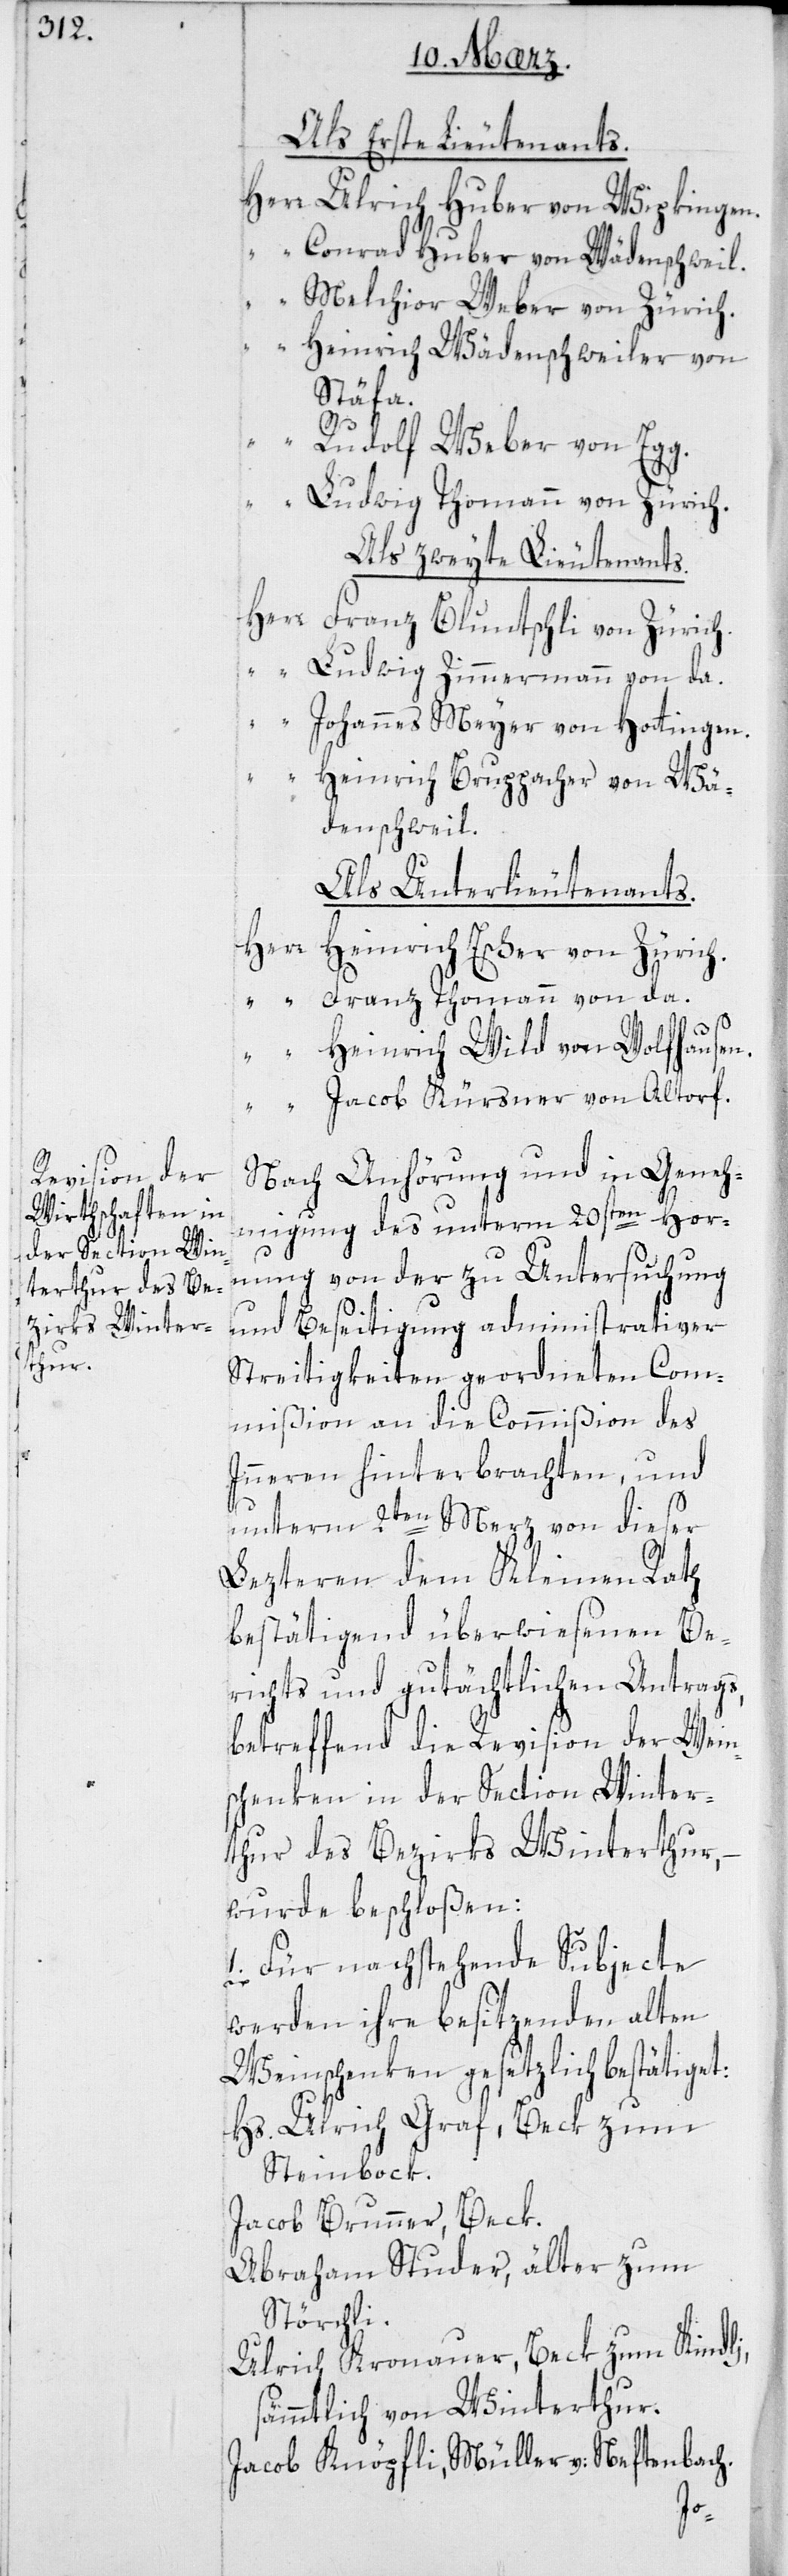
Als erste Lieutenants.
Herr Ulrich Huber von Wipkingen.
“ Conrad Huber von Wädenschweil.
“ Melchior Weber von Zürich.
Heinrich Wädenschweiler von
Stäfa
Rudolf Weber von Egg
Ludwig Thomann von Zürich.
Als zweyte Lieutenants.
Herr Franz Bluntschli von Zürich.
“ Ludwig Zimmermann von da.
Johannes Meyer von Hottingen.
“ Heinrich Bruppacher von Wä¬
denschweil.
Als Unterlieutenants.
Herr
Heinrich Escher von Zürich.
“ Franz Thomannn von da.
“ Heinrich Wild von Wolfhausen.
“ Jacob Kürsner von Altorf.
Nach Anhörung und in Geneh¬
migung des unterm 20sten Hor¬
nung von der zu Untersuchung
und Beseitigung administrativer
Streitigkeiten geordneten Com¬
mißion an die Commißion des
Inneren hinterbrachten und
unterm 2ten Merz von dieser
lezteren dem Kleinen Rath
bestätigend überwiesenen Be¬
richts und gutächtlichen Antrags,
betreffend die Revision der Wein¬
schenken in der Section Winter¬
thur des Bezirks Winterthur,
wurde beschloßen:
1. Für nachstehende Subjecte
werden ihre besitzenden alten
Weinschenken gesetzlich bestätiget:
Hs. Ulrich Graf, Beck zum
Steinbock.
Jacob Brunner, Beck.
Abraham Studer, älter zum
Störchli.
Ulrich Kronauer, Beck zum Kindli,
ämmtlich von Winterthur.
Jacob Knöpfli, Müller von Neftenbach.
s¬